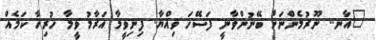
"އާނ.. ނޫރުމެންނަށް ބޭނުންވާނީ ފަސޭހަ ވިއްޔާ. ފިނިވީމާ އަރާމު ވީމާ ހުރިހާ ކަމެއް